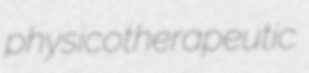
physicotherapeutic